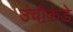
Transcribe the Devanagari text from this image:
उंचीकडे